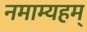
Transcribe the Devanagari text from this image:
नमाम्यहम्‌